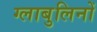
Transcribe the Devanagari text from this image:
ग्लाबुलिनों